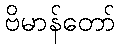
ဗိမာန်တော်